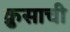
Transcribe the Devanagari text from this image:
क्रुसाची